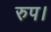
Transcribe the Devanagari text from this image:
रुप।